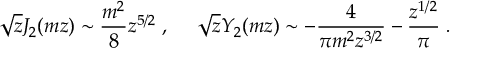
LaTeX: \sqrt { z } J _ { 2 } ( m z ) \sim { \frac { m ^ { 2 } } { 8 } } z ^ { 5 / 2 } \; , ~ ~ ~ ~ \sqrt { z } Y _ { 2 } ( m z ) \sim - { \frac { 4 } { \pi m ^ { 2 } z ^ { 3 / 2 } } } - { \frac { z ^ { 1 / 2 } } { \pi } } \; .